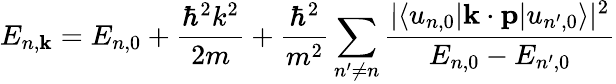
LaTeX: E_{n,\mathbf{k}}=E_{n,0}+{\frac{\hbar^{2}k^{2}}{2m}}+{\frac{\hbar^{2}}{m^{2}}}\sum_{n^{\prime}\neq n}{\frac{|\langle u_{n,0}|\mathbf{k}\cdot\mathbf{p}|u_{n^{\prime},0}\rangle|^{2}}{E_{n,0}-E_{n^{\prime},0}}}